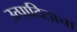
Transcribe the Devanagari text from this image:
उत्पादिताचा